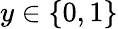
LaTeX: y\in\{ 0,1\}